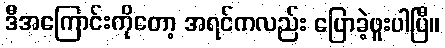
ဒီအကြောင်းကိုတော့ အရင်ကလည်း ပြောခဲ့ဖူးပါပြီ။